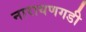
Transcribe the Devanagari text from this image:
नारायणगडी